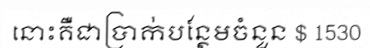
នោះគឺជាប្រាក់បន្ថែមចំនួន $ 1530